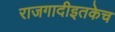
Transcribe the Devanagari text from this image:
राजगादीइतकेच